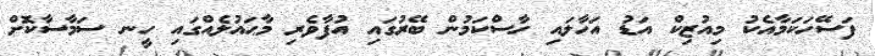
ފަސޭހަކަމާއެކު މިއުޒިކް އަޑު އަހާލައި ހާސްކަމުން ބޭރުގައި އުފާވެރި މާޙައުލެއްގައި ހީނ ސަމާސާކޮށް